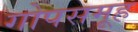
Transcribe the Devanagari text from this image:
गोपसमूह